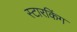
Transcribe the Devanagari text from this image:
स्‍टारकिंग